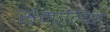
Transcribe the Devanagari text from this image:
सेम्पलिंग